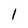
Character: 1